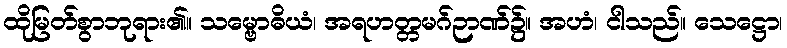
ထိုမြတ်စွာဘုရား၏။ သမ္ဗောဓိယံ၊ အရဟတ္တမဂ်ဉာဏ်၌။ အဟံ၊ ငါသည်။ သေဋ္ဌော၊